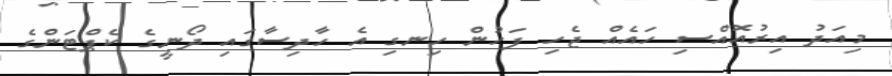
މިއަދު އިރުއޮއްސި ހައެއް ޖެހި ފަހުން ހިނގި އެ ހާދިސާގައި ދޯނީގެ ކެޕްޓަންގެ